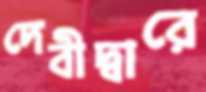
দেবীদ্বারে